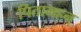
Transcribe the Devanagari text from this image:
पितामहन्